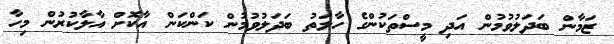
ޒަމާން ބަދަލުވުމުން އަދި މީސްތަކުންގެ ހާލަތު ބަދަލުވުމުން ކަންކަން އާކޮށް އާލާކުރުން މިހާ